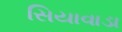
સિયાવાડા